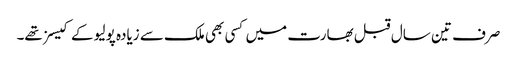
صرف تین سال قبل بھارت میں کسی بھی ملک سے زیادہ پولیو کے کیسز تھے۔